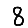
Digit: 8